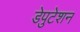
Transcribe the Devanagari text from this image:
डेपुटेशन